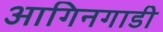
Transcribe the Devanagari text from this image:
आगिनगाडी